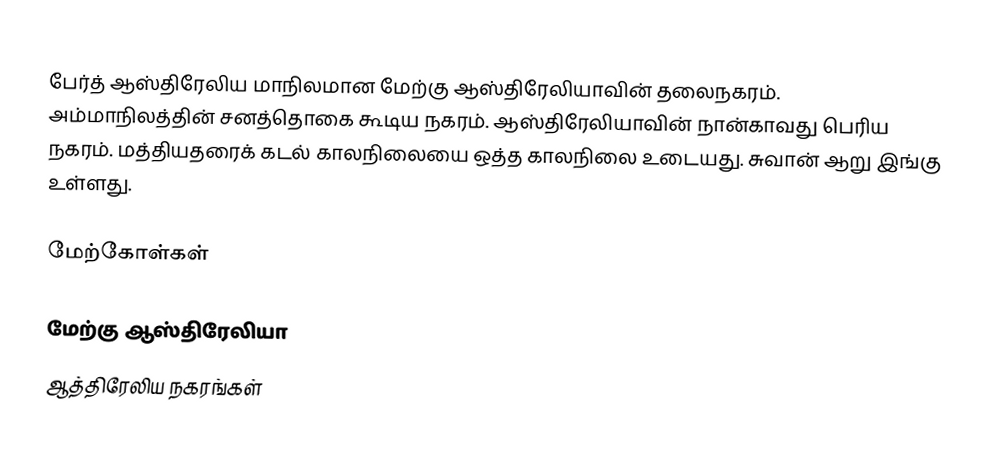
பேர்த் ஆஸ்திரேலிய மாநிலமான மேற்கு ஆஸ்திரேலியாவின் தலைநகரம். அம்மாநிலத்தின் சனத்தொகை கூடிய நகரம். ஆஸ்திரேலியாவின் நான்காவது பெரிய நகரம். மத்தியதரைக் கடல் காலநிலையை ஒத்த காலநிலை உடையது. சுவான் ஆறு இங்கு உள்ளது.

மேற்கோள்கள்

மேற்கு ஆஸ்திரேலியா
ஆத்திரேலிய நகரங்கள்